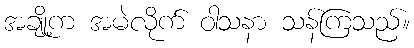
အချို့က အမဲလိုက် ဝါသနာ သန်ကြသည်။